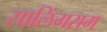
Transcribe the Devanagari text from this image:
सालिंगराम